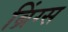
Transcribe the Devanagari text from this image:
ब्रिंग्स